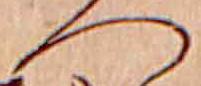
へ